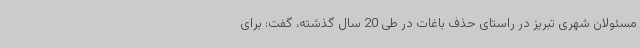
مسئولان شهری تبریز در راستای حذف باغات در طی 20 سال گذشته، گفت: برای